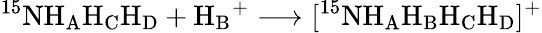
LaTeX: \mathrm{^{15}NH_{A}H_{C}H_{D}}+\mathrm{H_{B}}^{+}\longrightarrow[^{15}\mathrm{NH_{A}H_{B}H_{C}H_{D}}]^{+}